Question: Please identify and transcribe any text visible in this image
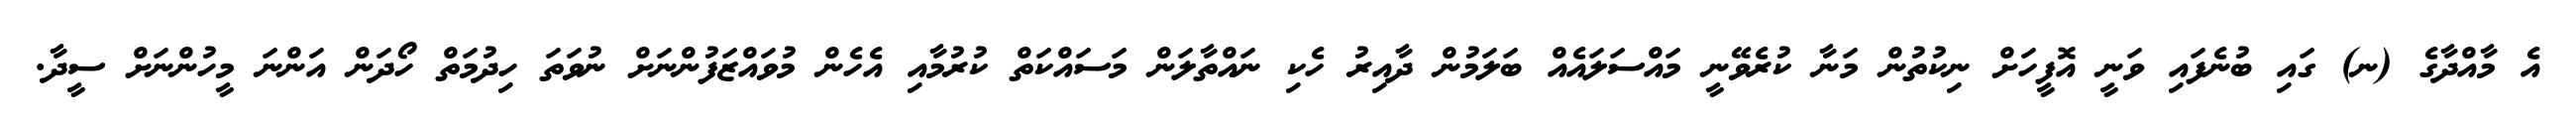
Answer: އެ މާއްދާގެ (ނ) ގައި ބުނެފައި ވަނީ އޮފީހަށް ނިކުތުން މަނާ ކުރެވޭނީ މައްސަލައެއް ބަލަމުން ދާއިރު ހެކި ނައްތާލަން މަސައްކަތް ކުރުމާއި އެހެން މުވައްޒަފުންނަށް ނުވަތަ ހިދުމަތް ހޯދަން އަންނަ މީހުންނަށް ސީދާ.